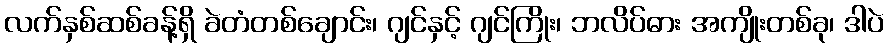
လက်နှစ်ဆစ်ခန့်ရှိ ခဲတံတစ်ချောင်း၊ ဂျင်နှင့် ဂျင်ကြိုး၊ ဘလိပ်ဓား အကျိုးတစ်ခု၊ ဒါပဲ